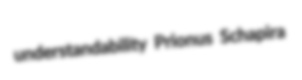
understandability Prionus Schapira